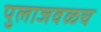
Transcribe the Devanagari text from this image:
पुलाजवळच